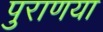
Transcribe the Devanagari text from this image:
पुराणया